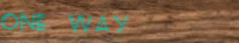
One Way